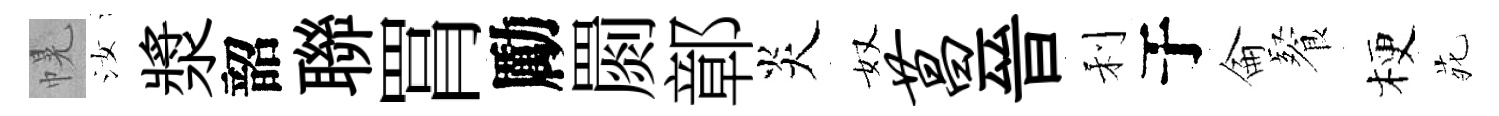
幌汝漿韶聯罥勵罽鄣炎奴菖晉利于侖餐梗𫟍